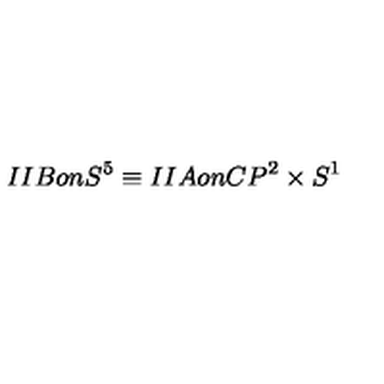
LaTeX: I I B o n S ^ { 5 } \equiv I I A o n C P ^ { 2 } \times S ^ { 1 }